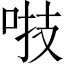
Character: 𠴜